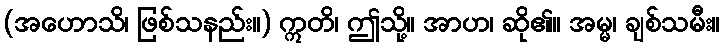
(အဟောသိ၊ ဖြစ်သနည်း။) ဣတိ၊ ဤသို့။ အာဟ၊ ဆို၏။ အမ္မ၊ ချစ်သမီး။